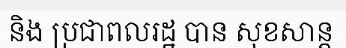
និង ប្រជាពលរដ្ឋ បាន សុខសាន្ត